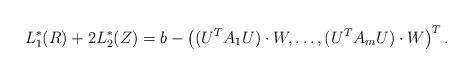
LaTeX: \begin{align*} L_1^*(R)+ 2L_2^*(Z) = b - \left( (U^TA_1U ) \cdot W, \ldots, (U^TA_mU) \cdot W \right)^T .\end{align*}